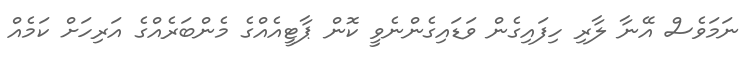
ނަމަވެސް އޭނާ ލާރި ހިފައިގެން ވަޑައިގެންނެވީ ކޮން ޕާޓީއެއްގެ މެންބަރެއްގެ އަރިހަށް ކަމެއް